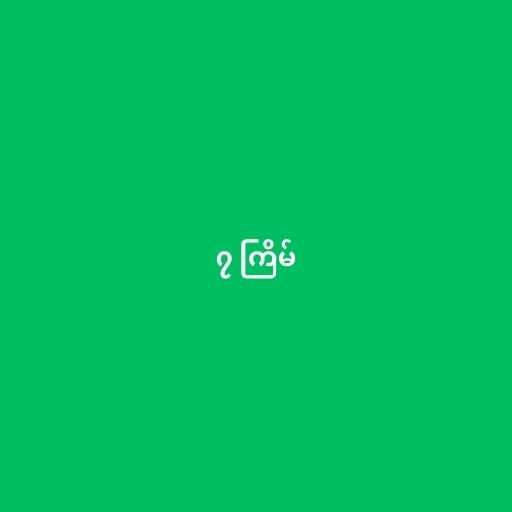
၇ ကြိမ်